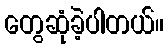
တွေဆုံခဲ့ပါတယ်။